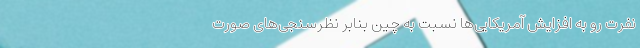
نفرت رو به افزایش آمریکایی‌ها نسبت به چین بنابر نظرسنجی‌های صورت